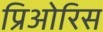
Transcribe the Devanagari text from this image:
प्रिओरिस